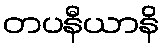
တပနီယာနိ